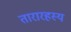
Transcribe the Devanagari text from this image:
तारारहस्य